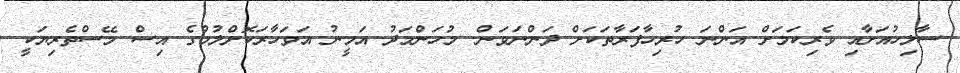
ސާލިހުއަށާއި ވެރިކަމަށް އަންނަ ހުރިހާފަރާތަކަށް ދަންނަވަން. މުހަންމަދު އަމީނު އަވަހާރަކޮށްލުމުގެ އިސް މޭސްތެރިޔަކީ